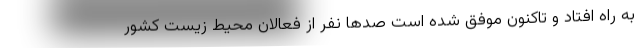
به راه افتاد و تاکنون موفق شده است صدها نفر از فعالان محیط زیست کشور